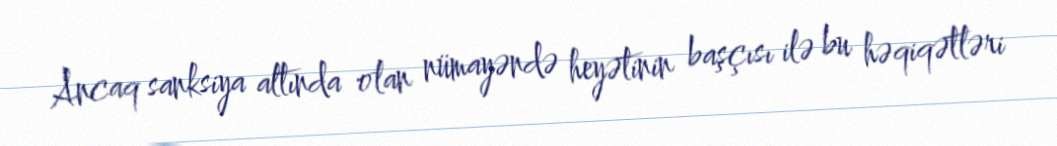
Ancaq sanksiya altında olan nümayəndə heyətinin başçısı ilə bu həqiqətləri